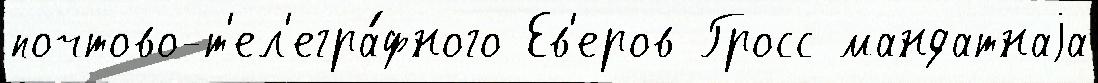
почтово-т'ел'егра́фного Ев'еров Гросс мандатнаjа